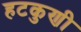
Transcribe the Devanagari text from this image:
हटकुणी